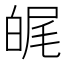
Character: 𤽶